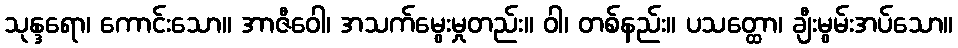
သုန္ဒရော၊ ကောင်းသော။ အာဇီဝေါ၊ အသက်မွေးမှုတည်း။ ဝါ၊ တစ်နည်း။ ပသတ္ထော၊ ချီးမွမ်းအပ်သော။